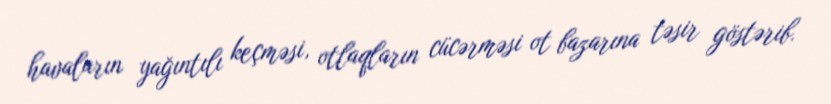
havaların yağıntılı keçməsi, otlaqların cücərməsi ot bazarına təsir göstərib.